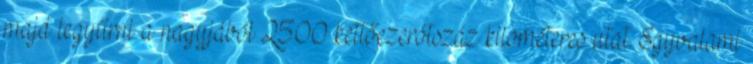
majd legyűrni a nagyjából 2500 kettőezerötszáz kilométeres utat. Egyvalami